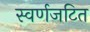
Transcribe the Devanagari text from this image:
स्वर्णजटित